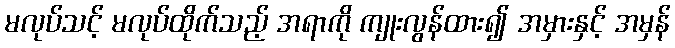
မလုပ်သင့် မလုပ်ထိုက်သည့် အရာကို ကျုးလွန်ထား၍ အမှားနှင့် အမှန်